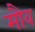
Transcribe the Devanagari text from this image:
मौव